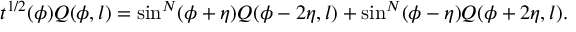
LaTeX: t ^ { 1 / 2 } ( \phi ) Q ( \phi , l ) = \sin ^ { N } ( \phi + \eta ) Q ( \phi - 2 \eta , l ) + \sin ^ { N } ( \phi - \eta ) Q ( \phi + 2 \eta , l ) .